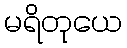
မရိတုယေ